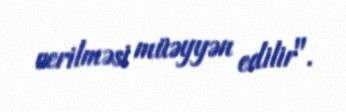
verilməsi müəyyən edilir".